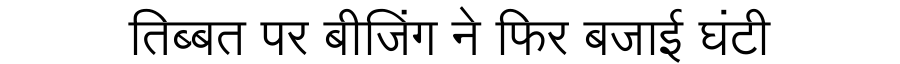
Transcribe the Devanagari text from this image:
तिब्बत पर बीजिंग ने फिर बजाई घंटी